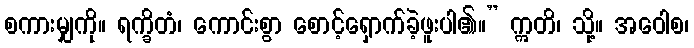
စကားမျှကို။ ရက္ခိတံ၊ ကောင်းစွာ စောင့်ရှောက်ခဲ့ဖူးပါ၏။” ဣတိ၊ သို့။ အဝေါစ၊